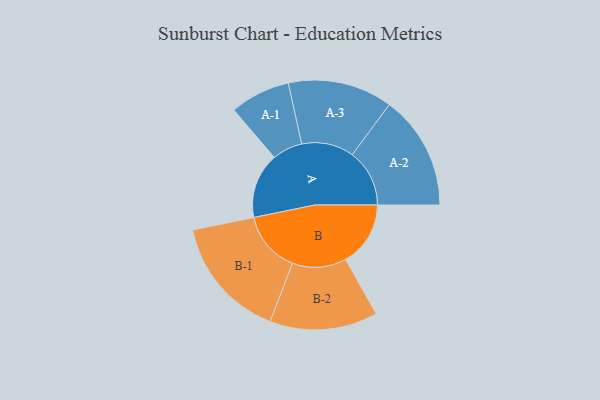
{"axis": {"x": "Segment", "y": "Value"}, "legend": ["", "A", "B"], "data": [{"x": "A", "y": 301, "type": ""}, {"x": "B", "y": 299, "type": ""}, {"x": "A-1", "y": 139, "type": "A"}, {"x": "A-2", "y": 264, "type": "A"}, {"x": "A-3", "y": 241, "type": "A"}, {"x": "B-1", "y": 283, "type": "B"}, {"x": "B-2", "y": 249, "type": "B"}]}